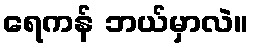
ရေကန် ဘယ်မှာလဲ။